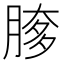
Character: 䐒